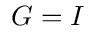
G = I